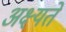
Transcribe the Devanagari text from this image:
अक्ष्यते